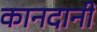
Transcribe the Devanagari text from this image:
कानदानी